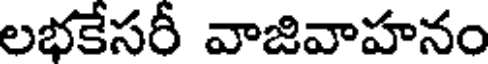
లభకేసరీ వాజివాహనం